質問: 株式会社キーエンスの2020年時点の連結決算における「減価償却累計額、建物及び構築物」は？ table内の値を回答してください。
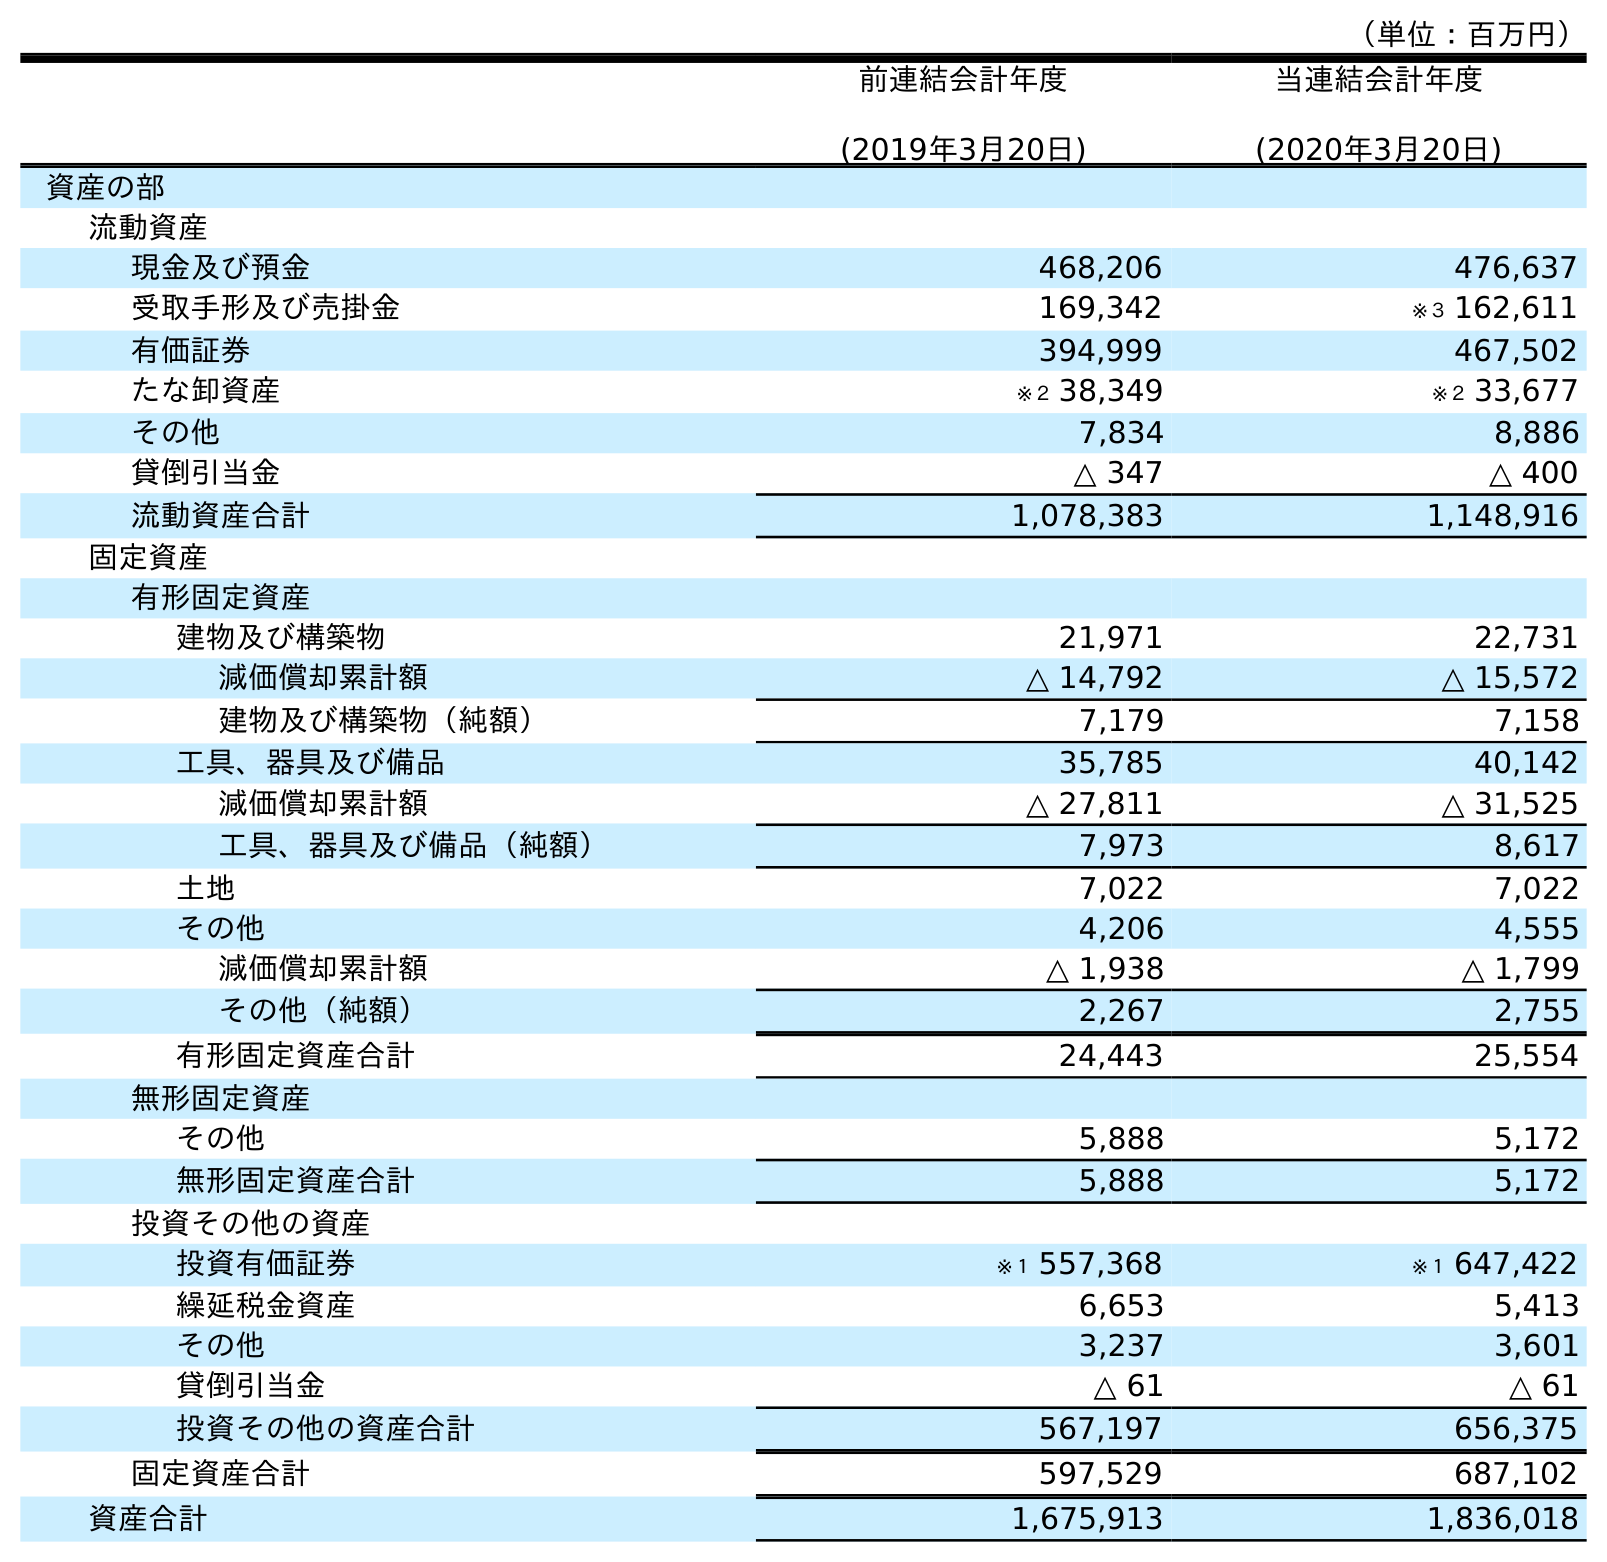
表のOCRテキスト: （単位：百万円） 前連結会計年度 (2019年3月20日) 当連結会計年度 (2020年3月20日) 資産の部 流動資産 現金及び預金 468,206 476,637 受取手形及び売掛金 169,342 ※３ 162,611 有価証券 394,999 467,502 たな卸資産 ※２ 38,349 ※２ 33,677 その他 7,834 8,886 貸倒引当金 △ 347 △ 400 流動資産合計 1,078,383 1,148,916 固定資産 有形固定資産 建物及び構築物 21,971 22,731 減価償却累計額 △ 14,792 △ 15,572 建物及び構築物（純額） 7,179 7,158 工具、器具及び備品 35,785 40,142 減価償却累計額 △ 27,811 △ 31,525 工具、器具及び備品（純額） 7,973 8,617 土地 7,022 7,022 その他 4,206 4,555 減価償却累計額 △ 1,938 △ 1,799 その他（純額） 2,267 2,755 有形固定資産合計 24,443 25,554 無形固定資産 その他 5,888 5,172 無形固定資産合計 5,888 5,172 投資その他の資産 投資有価証券 ※１ 557,368 ※１ 647,422 繰延税金資産 6,653 5,413 その他 3,237 3,601 貸倒引当金 △ 61 △ 61 投資その他の資産合計 567,197 656,375 固定資産合計 597,529 687,102 資産合計 1,675,913 1,836,018
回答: △15,572